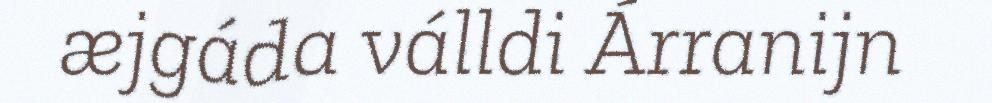
æjgáda válldi Árranijn